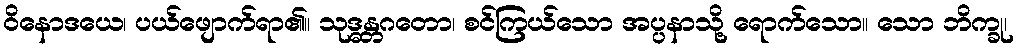
ဝိနောဒယေ၊ ပယ်ဖျောက်ရာ၏။ သုဒ္ဓန္တဂတော၊ စင်ကြယ်သော အပ္ပနာသို့ ရောက်သော။ သော ဘိက္ခု၊